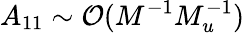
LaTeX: A_{11}\sim\mathcal{O}(M^{-1}M_{u}^{-1})